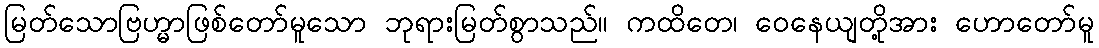
မြတ်သောဗြဟ္မာဖြစ်တော်မူသော ဘုရားမြတ်စွာသည်။ ကထိတေ၊ ဝေနေယျတို့အား ဟောတော်မူ